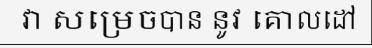
វា សម្រេចបាន នូវ គោលដៅ